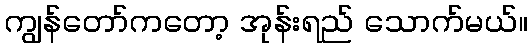
ကျွန်တော်ကတော့ အုန်းရည် သောက်မယ်။